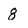
Character: 8